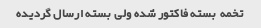
تخمه  بسته فاکتور شده ولی  بسته ارسال گردیده